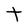
Character: T